Annual returns of the Patna Lunatic Asylum at Bankipore in Bihar and Orissa - 1912-1924
Year: 1912
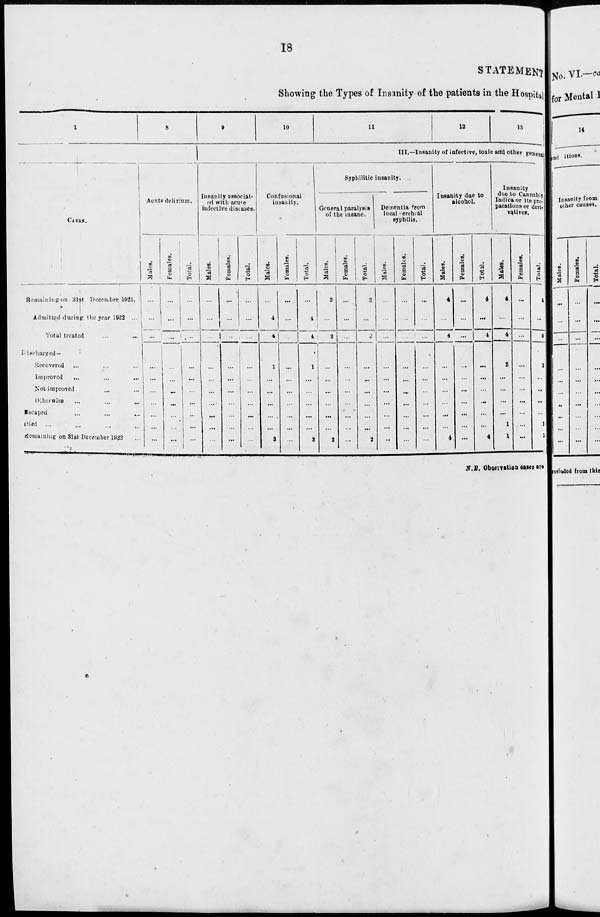
18
STATEMENT
Showing the Types of Insanity of the patients in the Hospital
1
CASES.
Remaining on 31st December 1921.
Admitted during the year 1922 ...
Total treated ... ...
Discharged —
Recovered ... ... ...
Improved ... ... ...
Not improved ... ...
Otherwise ... ... ...
Escaped ... ... ...
Died ... ... ... ...
Remaining on 31st December 1922 ...
8
Acute delirium.
Males.
...
...
...
...
...
...
...
...
...
...
Females.
...
...
...
...
...
...
...
...
...
...
Total.
...
...
...
...
...
...
...
...
...
...
9
10
11
12
13
III.—Insanity of infective, toxic and other general
Insanity associat-
ed with acute
infective diseases.
Males.
...
...
...
...
...
...
...
...
...
...
Females.
...
...
...
...
...
...
...
...
...
...
Total.
...
...
...
...
...
...
...
...
...
...
Confusional
insanity.
Males.
...
4
4
1
...
...
...
...
...
3
Females.
...
...
...
...
...
...
...
...
...
...
Total.
...
4
4
1
...
...
...
...
...
3
Syphilitic insanity.
General paralysis
of the insane.
Males.
2
...
2
...
...
...
...
...
...
2
Females.
...
...
...
...
...
...
...
...
...
...
Total.
2
...
2
...
...
...
...
...
...
2
Dementia from
local cerebral
syphilis.
Males.
...
...
...
...
...
...
...
...
...
...
Females.
...
...
...
...
...
...
...
...
...
...
Total.
...
...
...
...
...
...
...
...
...
...
Insanity due to
alcohol.
Males.
4
...
4
...
...
...
...
...
...
4
Females.
...
...
...
...
...
...
...
...
...
...
Total.
4
...
4
...
...
...
...
...
...
4
Insanity
due to Cannabis
Indica or its pre-
parations or deri-
vatives.
Males.
4
...
4
2
...
...
...
...
1
1
Females.
...
...
...
...
...
...
...
...
...
...
Total.
4
...
4
2
...
...
...
...
1
1
N.B. Observation cases are